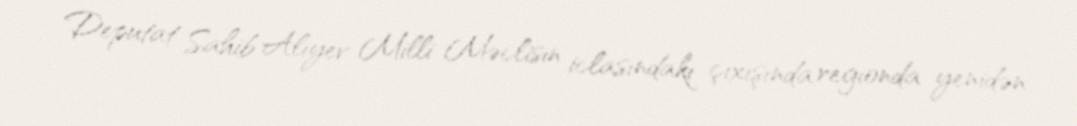
Deputat Sahib Alıyev Milli Məclisin iclasındakı çıxışında regionda yenidən